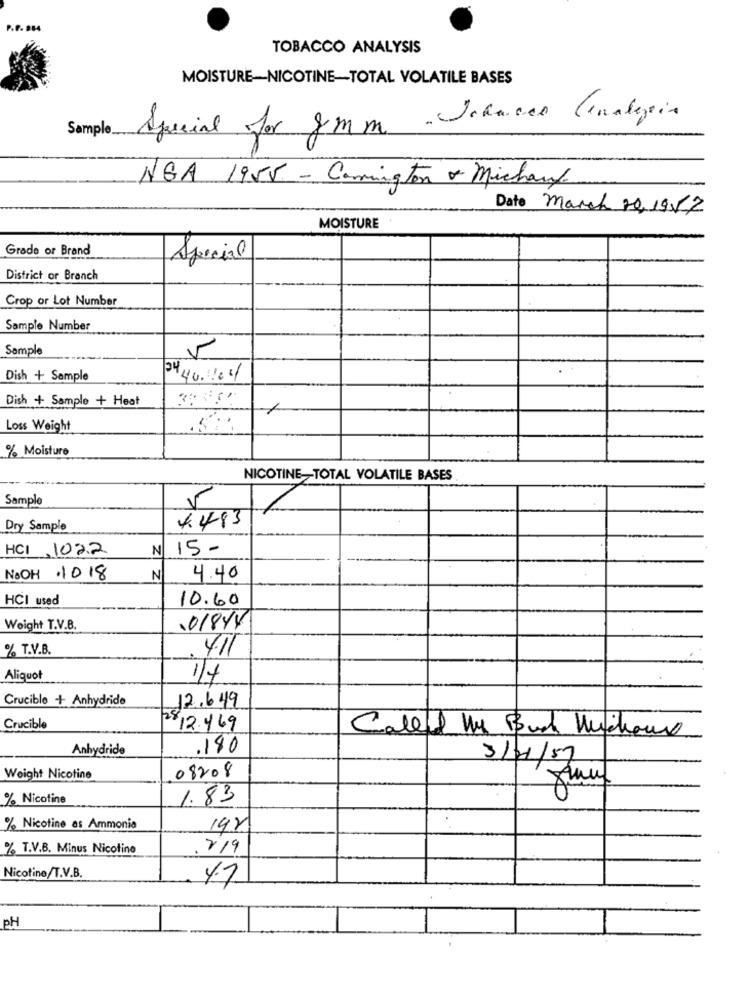
P.F. 884
TOBACCO ANALYSIS
MOISTURE-NICOTINE-TOTAL VOLATILE BASES
. Johncer Cinalegais
Sample
Special for gmm
NGA 1955 - Comington & Michaux
Date March 20.19.12
MOISTURE
Grade or Brand
Special
District or Branch
Crop or Lot Number
Sample Number
Sample
5
Dish + Sample
3440.1104
Dish + Sample + Heat
Loss Weight
.
% Moisture
NICOTINE-TOTAL VOLATILE BASES
Sample
1
+483
Dry Sample
HCI 1022
N 15-
No OH 1018
N
4.40
HCI used
10.60
01814
Weight T.V.B.
% T.V.B.
4.11
Aliquot
1/4
Crucible + Anhydride
12.649
Crucible
2812.469
Called We Bud Muchow
Anhydride
.180
3/01/57
Weight Nicotine
08208
% Nicotine
1.83
% Nicotine as Ammonia
14Y
% T.V.B. Minus Nicotine
219
Nicotine/T.V.B.
4.7
PH